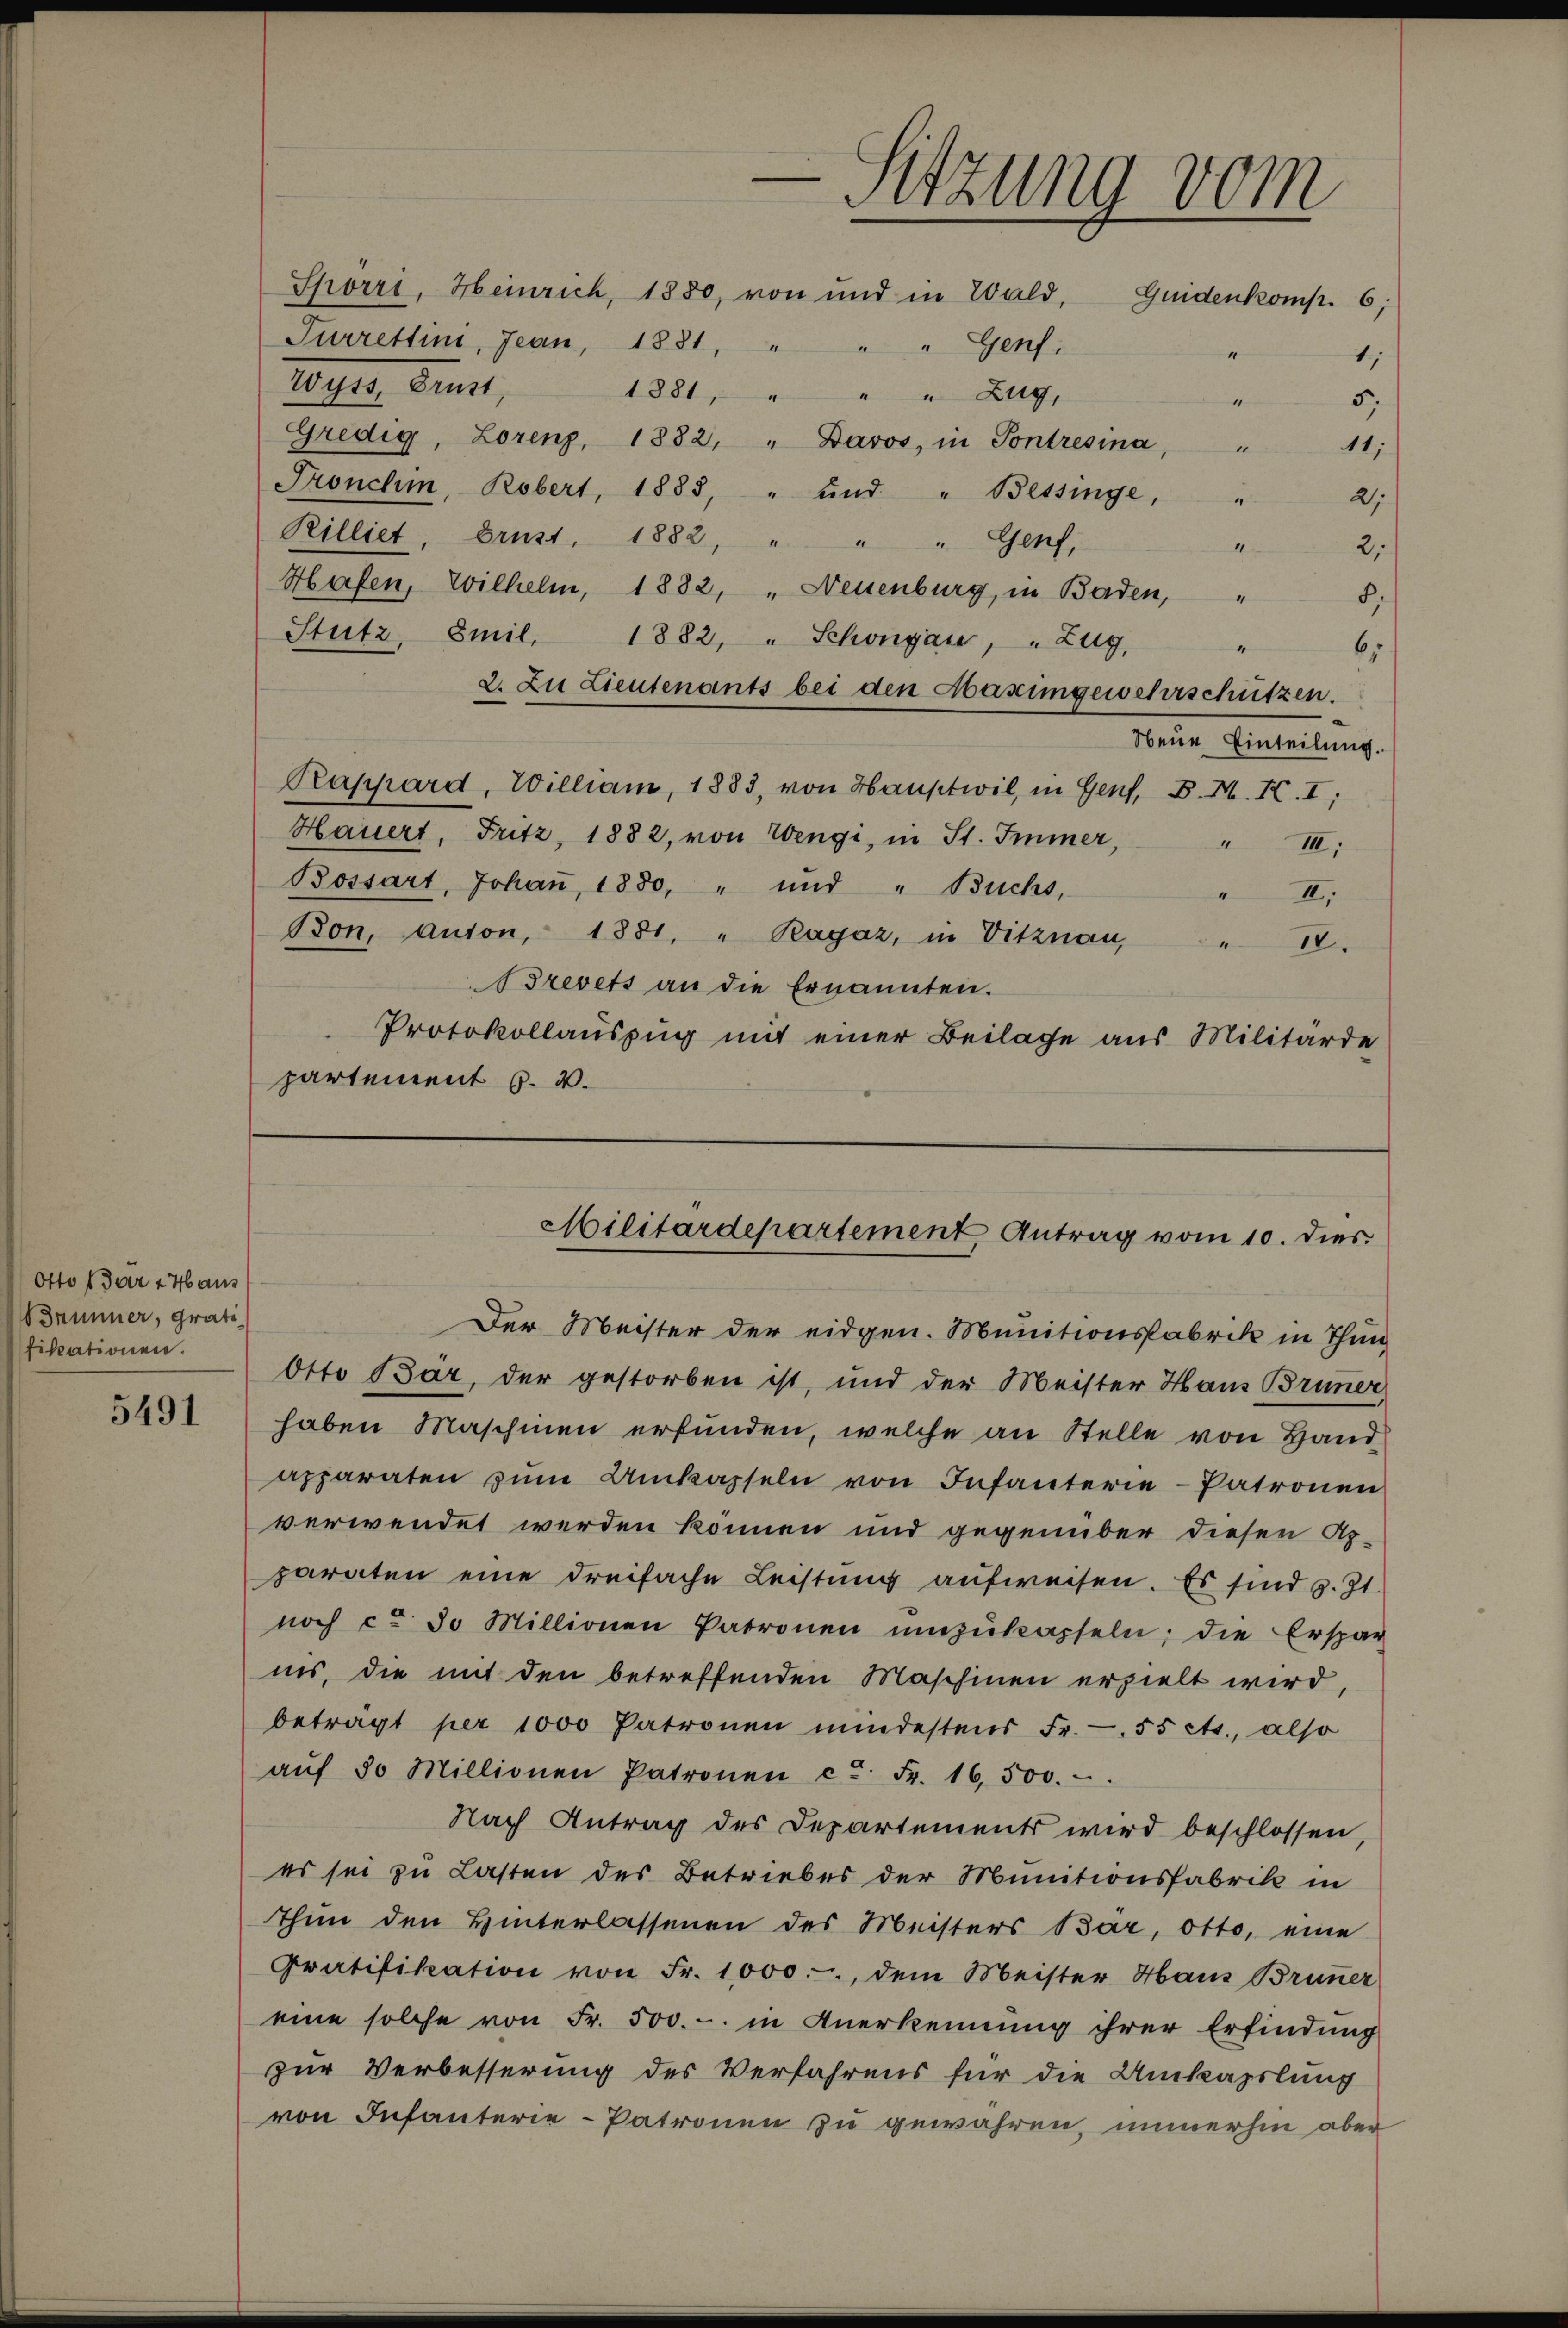
Otto (der 24 aus
Brünner, Grati
fikationen.

5491

-Sitzung vom

Spörri, Heinrich, 1880, von und in Wald, Guidenkomp. 6;
Turrettini, Jean, 1881, " " " Genf,
Wyss, Brust,
1881, " " " Zug,
Gredig, Lorenz, 1882, „ Davos, in Pontresina, "
11;
Pronchi, Robert, 1885, " und " Bessinge, "
2
Rilliet, Brust 1882, " " " Genf,
4
2,
Hafen, Wilhelm, 1882, „ Neuenburg, in Baden,
8.
Stutz, Emil 1882, " Schongau, " Zug,
2. Zu Lieutenants bei den Abaximgewehrschützen.
Neue Einteilung.
Rappard, William, 1883, von Hauptwil, in Genf, P. M. K. I:
Hauert, Fritz, 1882, von Wengi, in St. Immer,
III:
Bossart, Johaṅ, 1880, " und " Buchs,
II.
Bon, Anton, 1881. " Ragaz, in Vitznau, " 18.
Brevets an die Ernannten.
Protokollauszug mit einer Beilage aus Militärde
partement §. 2.

1
5,
4

“

65

Der Meister der eidgen. Munitionsfabrik in Thun¬
Otto Bar, der gestorben ist, und der Meister Haus Bruner
haben Maschinen erfunden, welche an Stelle von Hand
apparaten zŭm Umkapseln von Infanterie-Patronen
verwendet werden können und gegenüber diesen Ap-
paraten eine dreifache Leistŭng aufweisen. Es sind z. Zt.
noch ca 30 Millionen Patronen ŭmzŭkapseln; die Erspar
ins, die mit den betreffenden Maschinen erzielt wird,
beträgt per 1000 Patronen mindestens Fr. 55 cts., also
aŭf 30 Millionen Patronen ca Fr. 16,500.
Nach Antrag des Departements wird beschlossen
es sei zu Lasten des Betriebes der Munitionsfabrik in
thun den Hinterlassenen des Meisters Bär, Otto, eine
Gratifikation von Fr. 1000.-, dem Meister Haus Bruner
eine solche von Fr. 500.- in Anerkennung ihrer Erfindung
zur Verbesserung des Verfahrens für die Umkapslung
von Infanterie-Patronen zu gewähren, immerhin aber

Militärdepartement Antrag vom 10. dies